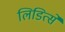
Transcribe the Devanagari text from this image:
लिडित्से